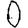
Digit: 0